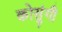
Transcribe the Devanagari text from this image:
कोसुंगी